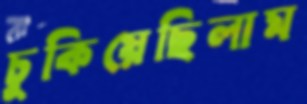
চুকিয়েছিলাম